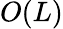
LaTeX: O(L)